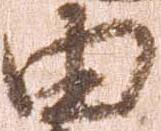
由